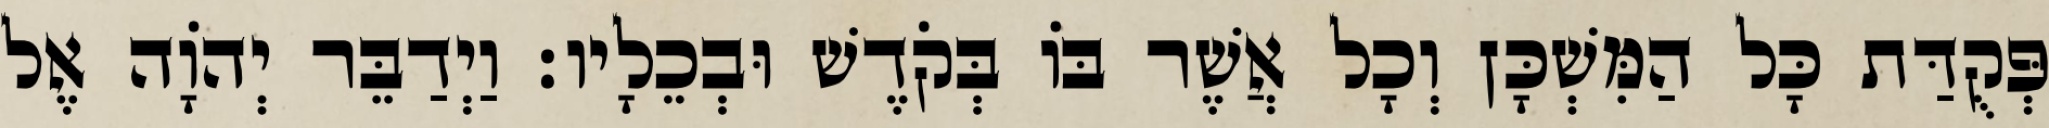
פְּקֻדַּת כָּל הַמִּשְׁכָּן וְכָל אֲשֶׁר בּוֹ בְּקֹדֶשׁ וּבְכֵלָיו׃ וַיְדַבֵּר יְהֹוָה אֶל